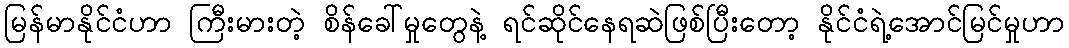
မြန်မာနိုင်ငံဟာ ကြီးမားတဲ့ စိန်ခေါ်မှုတွေနဲ့ ရင်ဆိုင်နေရဆဲဖြစ်ပြီးတော့ နိုင်ငံရဲ့အောင်မြင်မှုဟာ